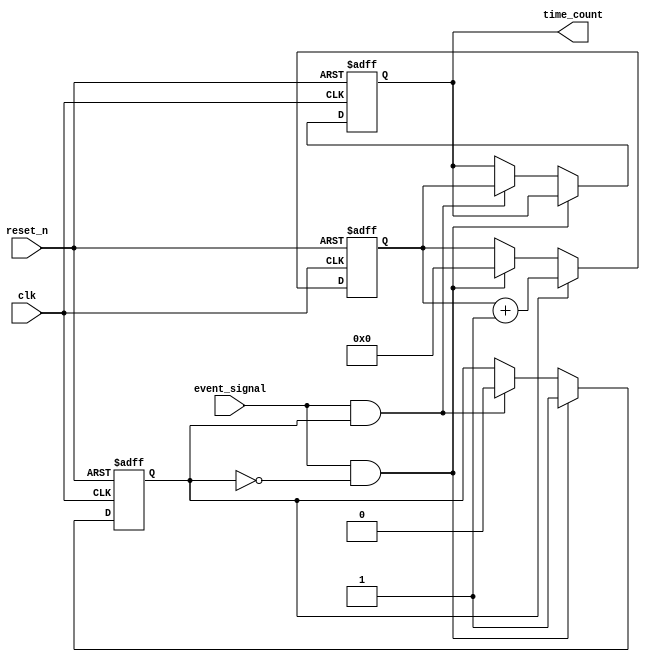
module TDC (
    input wire clk,                // Input clock from PLL (VCO)
    input wire reset_n,            // Active low reset
    input wire event_signal,       // Trigger event signal
    output reg [31:0] time_count   // Measured time interval output
);

    reg state;                     // State variable for edge detection
    reg [31:0] counter;            // Counter for VCO clock cycles
    reg edge_detected;             // Edge detection flag

    // Edge detection logic: detects rising edge of event_signal
    always @(posedge clk or negedge reset_n) begin
        if (!reset_n) begin
            state <= 0;
            edge_detected <= 0;
            time_count <= 0;
            counter <= 0;
        end else begin
            if (event_signal && !state) begin
                // First edge detected: start counting
                state <= 1;
                edge_detected <= 1;
                counter <= 0;           // Reset counter for new measurement
            end else if (event_signal && state) begin
                // Second edge detected: stop counting
                state <= 0;
                edge_detected <= 0;
                time_count <= counter;  // Store the measured time
            end
            
            // Only increment if we are in counting state
            if (state) begin
                counter <= counter + 1;  // Increment counter on each clk
            end
        end
    end

endmodule